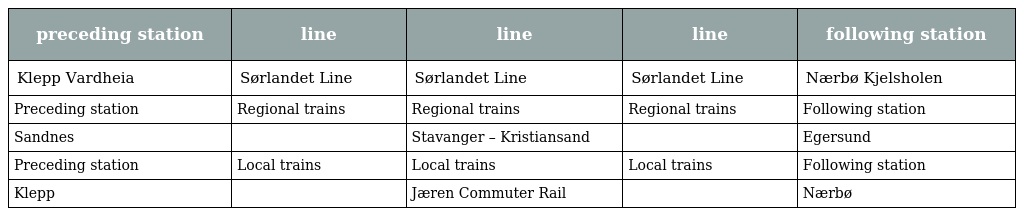
| preceding station | line | line | line | following station |
 | --- | --- | --- | --- | --- |
 | Klepp Vardheia | Sørlandet Line | Sørlandet Line | Sørlandet Line | Nærbø Kjelsholen |
 | Preceding station | Regional trains | Regional trains | Regional trains | Following station |
 | Sandnes |  | Stavanger – Kristiansand |  | Egersund |
 | Preceding station | Local trains | Local trains | Local trains | Following station |
 | Klepp |  | Jæren Commuter Rail |  | Nærbø |